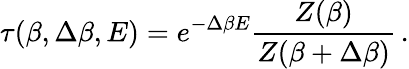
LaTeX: \tau(\beta,\Delta\beta,E)=e^{-\Delta\beta E}\frac{Z(\beta)}{Z(\beta+\Delta\beta)}\, .